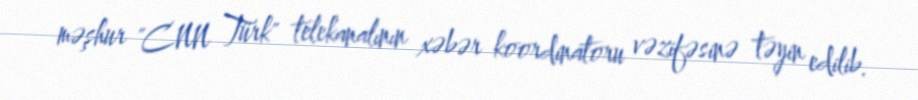
məşhur "CNN Türk" telekanalının xəbər koordinatoru vəzifəsinə təyin edilib.